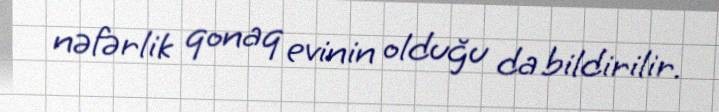
nəfərlik qonaq evinin olduğu da bildirilir.